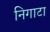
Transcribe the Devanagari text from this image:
निगाटा